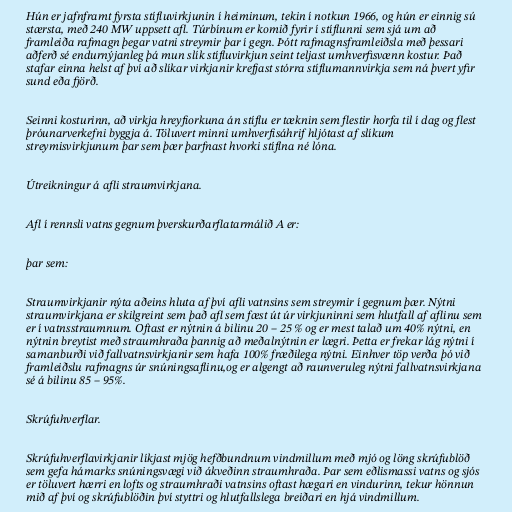
Hún er jafnframt fyrsta stífluvirkjunin í heiminum, tekin í notkun 1966, og hún er einnig sú
stærsta, með 240 MW uppsett afl. Túrbínum er komið fyrir í stíflunni sem sjá um að
framleiða rafmagn þegar vatni streymir þar í gegn. Þótt rafmagnsframleiðsla með þessari
aðferð sé endurnýjanleg þá mun slík stífluvirkjun seint teljast umhverfisvænn kostur. Það
stafar einna helst af því að slíkar virkjanir krefjast stórra stíflumannvirkja sem ná þvert yfir
sund eða fjörð.

Seinni kosturinn, að virkja hreyfiorkuna án stíflu er tæknin sem flestir horfa til í dag og flest
þróunarverkefni byggja á. Töluvert minni umhverfisáhrif hljótast af slíkum
streymisvirkjunum þar sem þær þarfnast hvorki stíflna né lóna.

Útreikningur á afli straumvirkjana.

Afl í rennsli vatns gegnum þverskurðarflatarmálið A er:

þar sem:

Straumvirkjanir nýta aðeins hluta af því afli vatnsins sem streymir í gegnum þær. Nýtni
straumvirkjana er skilgreint sem það afl sem fæst út úr virkjuninni sem hlutfall af aflinu sem
er í vatnsstraumnum. Oftast er nýtnin á bilinu 20 – 25 % og er mest talað um 40% nýtni, en
nýtnin breytist með straumhraða þannig að meðalnýtnin er lægri. Þetta er frekar lág nýtni í
samanburði við fallvatnsvirkjanir sem hafa 100% fræðilega nýtni. Einhver töp verða þó við
framleiðslu rafmagns úr snúningsaflinu,og er algengt að raunveruleg nýtni fallvatnsvirkjana
sé á bilinu 85 – 95%.

Skrúfuhverflar.

Skrúfuhverflavirkjanir líkjast mjög hefðbundnum vindmillum með mjó og löng skrúfublöð
sem gefa hámarks snúningsvægi við ákveðinn straumhraða. Þar sem eðlismassi vatns og sjós
er töluvert hærri en lofts og straumhraði vatnsins oftast hægari en vindurinn, tekur hönnun
mið af því og skrúfublöðin því styttri og hlutfallslega breiðari en hjá vindmillum.